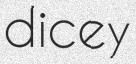
dicey